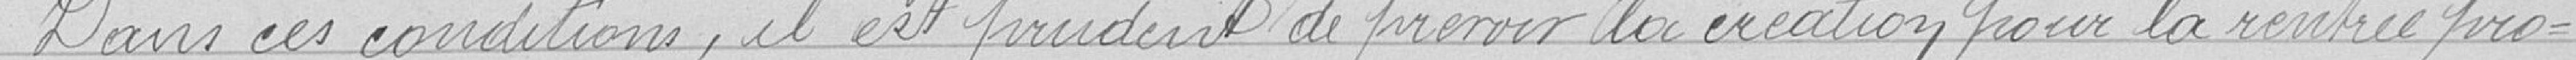
Dans ces conditions, il est prudent de prévoir la création pour la rentrée pro-